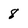
Character: 8